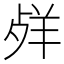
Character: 𦍲